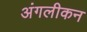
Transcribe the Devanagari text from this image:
अंगलीकन